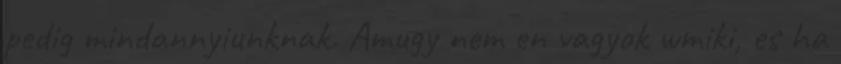
pedig mindannyiunknak. Amugy nem en vagyok wmiki, es ha